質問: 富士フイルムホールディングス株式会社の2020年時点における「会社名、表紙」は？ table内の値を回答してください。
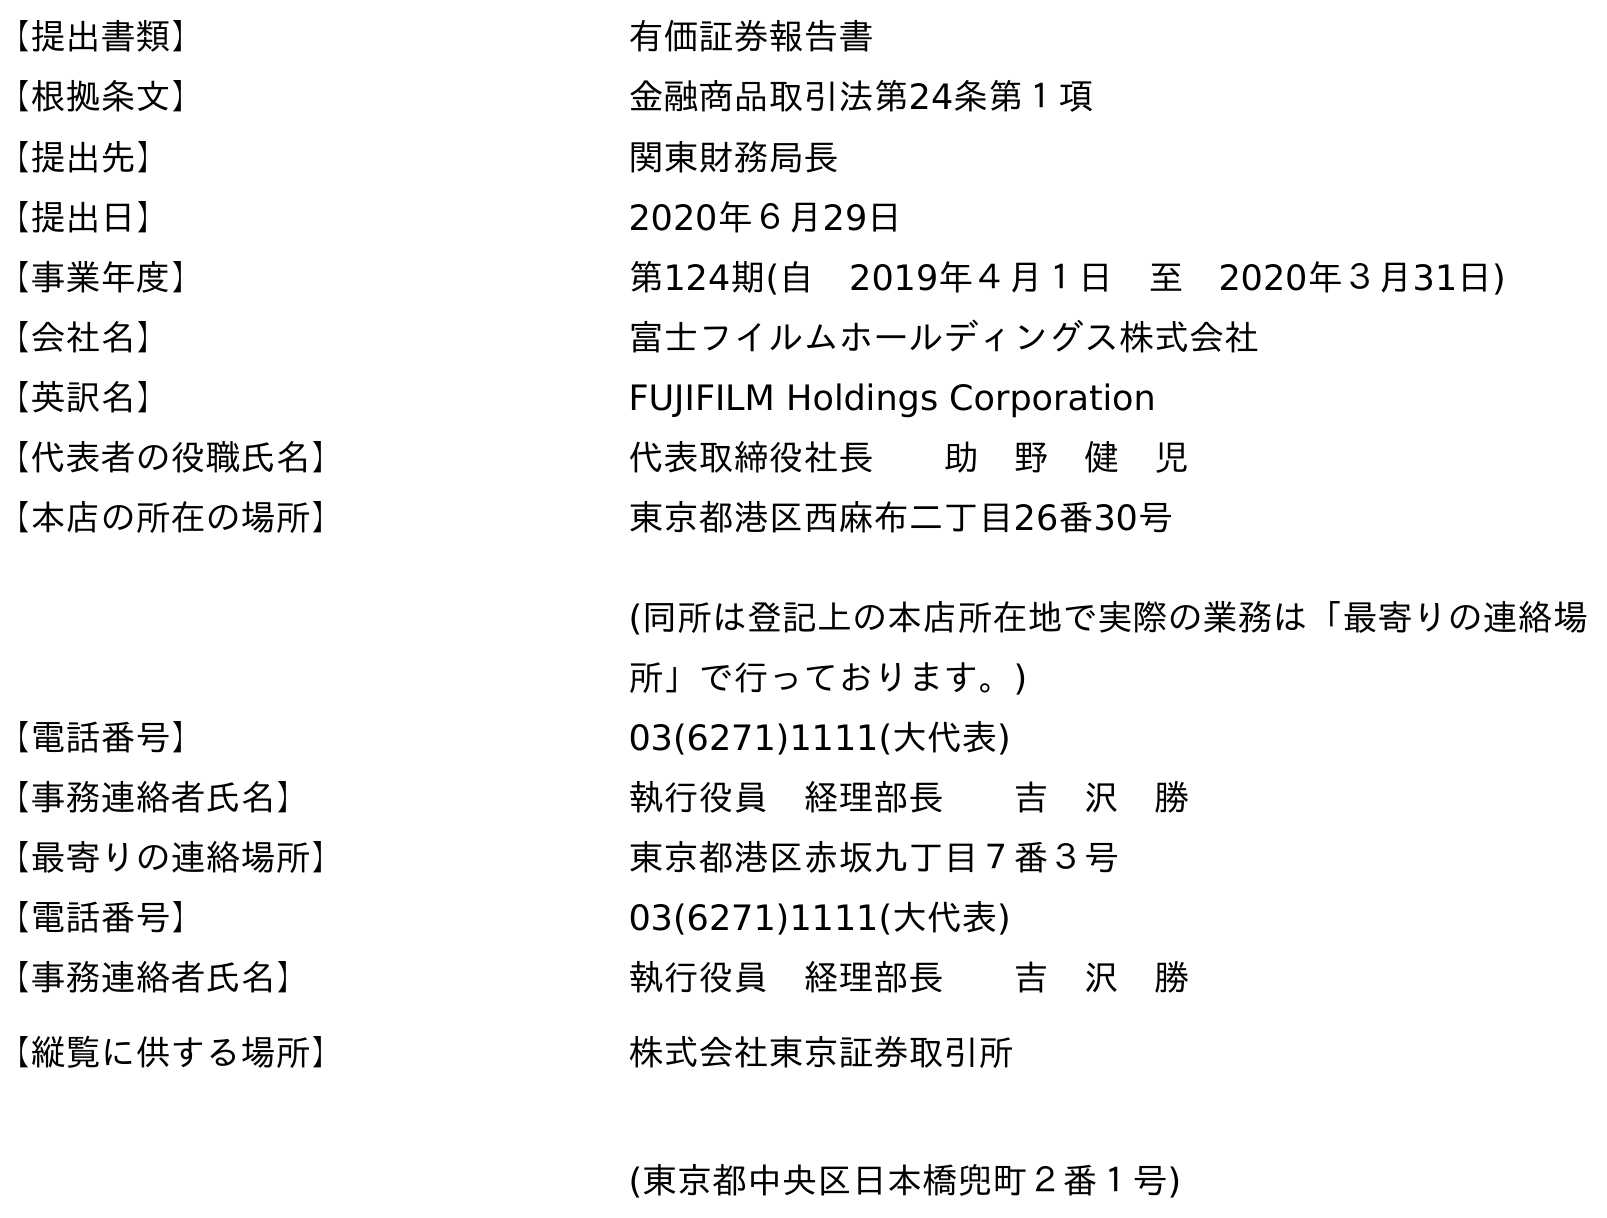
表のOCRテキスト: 【提出書類】 有価証券報告書 【根拠条文】 金融商品取引法第24条第１項 【提出先】 関東財務局長 【提出日】 2020年６月29日 【事業年度】 第124期(自 2019年４月１日 至 2020年３月31日) 【会社名】 富士フイルムホールディングス株式会社 【英訳名】 FUJIFILM Holdings Corporation 【代表者の役職氏名】 代表取締役社長  助 野 健 児 【本店の所在の場所】 東京都港区西麻布二丁目26番30号 (同所は登記上の本店所在地で実際の業務は「最寄りの連絡場 所」で行っております。) 【電話番号】 03(6271)1111(大代表) 【事務連絡者氏名】 執行役員 経理部長  吉 沢 勝 【最寄りの連絡場所】 東京都港区赤坂九丁目７番３号 【電話番号】 03(6271)1111(大代表) 【事務連絡者氏名】 執行役員 経理部長  吉 沢 勝 【縦覧に供する場所】 株式会社東京証券取引所 (東京都中央区日本橋兜町２番１号)
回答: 富士フイルムホールディングス株式会社